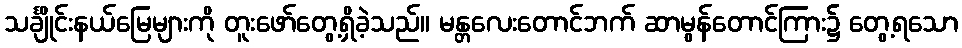
သင်္ချိုင်းနယ်မြေများကို တူးဖော်တွေ့ရှိခဲ့သည်။ မန္တလေးတောင်ဘက် ဆာမွန်တောင်ကြား၌ တွေ့ရသော